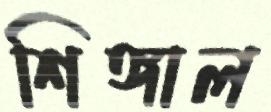
শিঙ্গাল